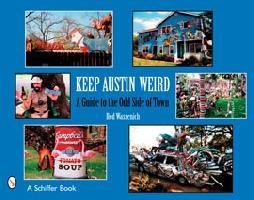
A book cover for Keep Austin Weird: A Guide to the Odd Side of Town; Red Wassenich; Travel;